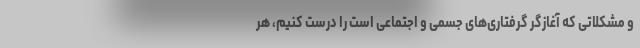
و مشکلاتی که آغازگر گرفتاری‌های جسمی و اجتماعی است را درست کنیم، هر